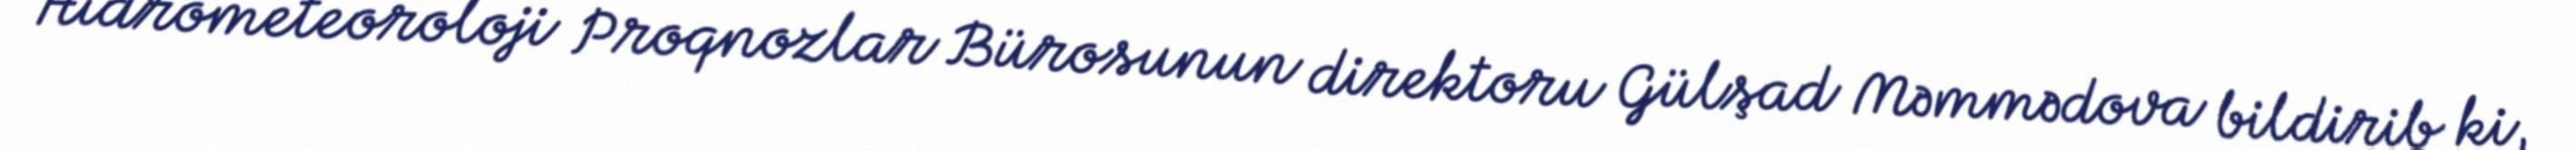
Hidrometeoroloji Proqnozlar Bürosunun direktoru Gülşad Məmmədova bildirib ki,